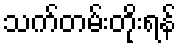
သက်တမ်းတိုးရန်